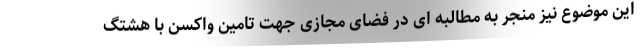
این موضوع نیز منجر به مطالبه ای در فضای مجازی جهت تامین واکسن با هشتگ